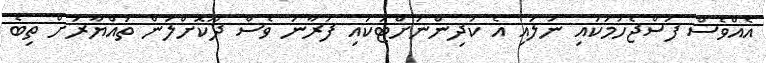
އެއްވެސް ފަސްޖެހުމަކައި ނުލައި އެ ކުދިންނަށްޓަކައި ފުރާނަ ވެސް ދޫކޮށްލަން ތައްޔާރަށް ތިބެ